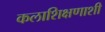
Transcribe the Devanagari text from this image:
कलाशिक्षणाशी